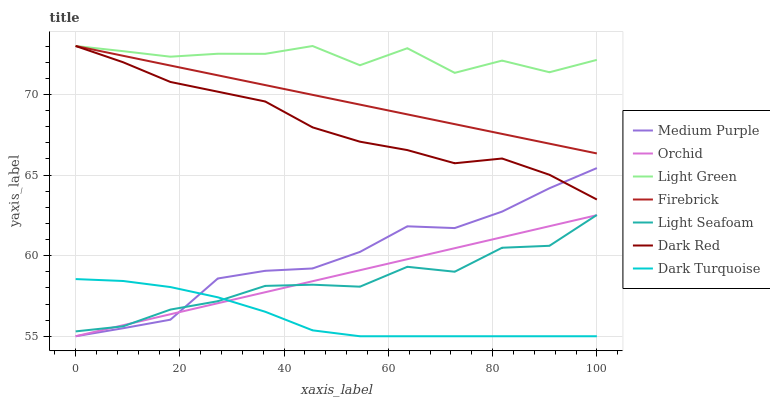
| xaxis_label | Medium Purple | Orchid | Light Green | Firebrick | Light Seafoam | Dark Red | Dark Turquoise |
 | --- | --- | --- | --- | --- | --- | --- | --- |
 | 0 | 55 | 55 | 73 | 73 | 55.3 | 73 | 58.5 |
 | 9.09 | 55.5 | 55.7 | 72.7 | 72.4 | 55.6 | 72 | 58.4 |
 | 18.2 | 56 | 56.4 | 72.3 | 71.8 | 56.7 | 70.8 | 58.1 |
 | 27.3 | 58.6 | 57 | 72.5 | 71.2 | 57.2 | 70.2 | 57.4 |
 | 36.4 | 59.1 | 57.7 | 72.5 | 70.6 | 58.1 | 69.6 | 56.5 |
 | 45.5 | 59.2 | 58.4 | 73 | 70 | 58.2 | 68 | 55.4 |
 | 54.5 | 60.2 | 59.1 | 71.8 | 69.4 | 58.1 | 67.1 | 55 |
 | 63.6 | 61.8 | 59.8 | 72.9 | 68.8 | 59.3 | 66.5 | 55 |
 | 72.7 | 61.7 | 60.5 | 71.3 | 68.2 | 59 | 65.7 | 55 |
 | 81.8 | 62.7 | 61.1 | 72.1 | 67.5 | 60.5 | 66 | 55 |
 | 90.9 | 64.2 | 61.8 | 71.4 | 66.9 | 60.6 | 65 | 55 |
 | 100 | 65.4 | 62.5 | 72.1 | 66.3 | 62.5 | 63.5 | 55 |